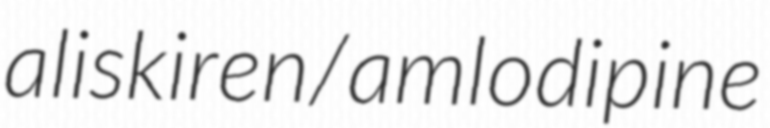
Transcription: aliskiren/amlodipine